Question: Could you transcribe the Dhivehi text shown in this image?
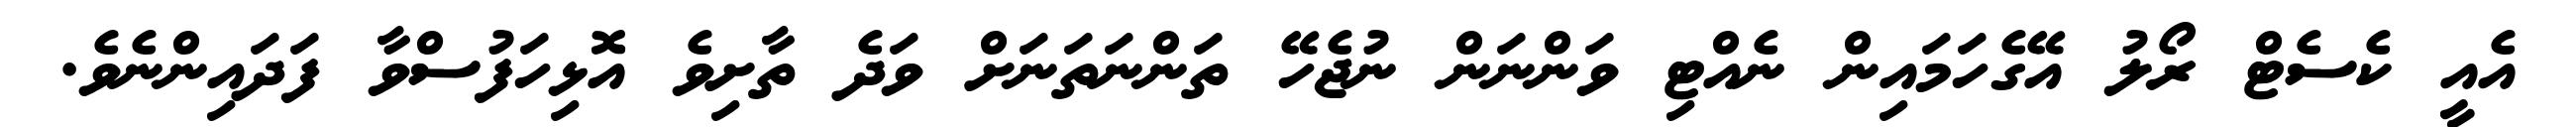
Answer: އެއީ ކެސެޓް ރޯލު އޭގެހަމައިން ނެއްޓި ވަންނަން ނުޖެހޭ ތަންނަތަނަށް ވަދެ ތާށިވެ އޮޅިހަފުސްވާ ފަދައިންނެވެ.